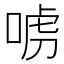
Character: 𠶪